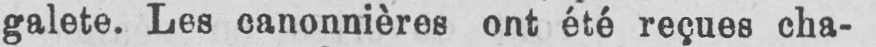
galete. Les canonnières ont été reçues cha-